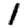
Digit: 1